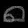
Digit: ၈